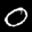
Label: 0